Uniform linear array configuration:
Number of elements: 48
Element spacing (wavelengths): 0.5
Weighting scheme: cosine
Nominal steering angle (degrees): -60
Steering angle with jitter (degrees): -60.818
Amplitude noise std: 0.05
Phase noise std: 0.05

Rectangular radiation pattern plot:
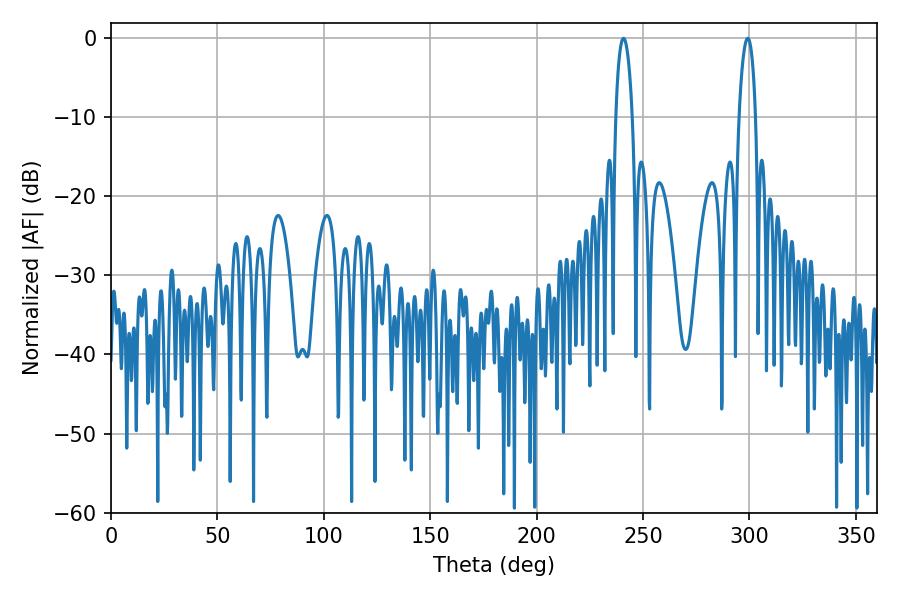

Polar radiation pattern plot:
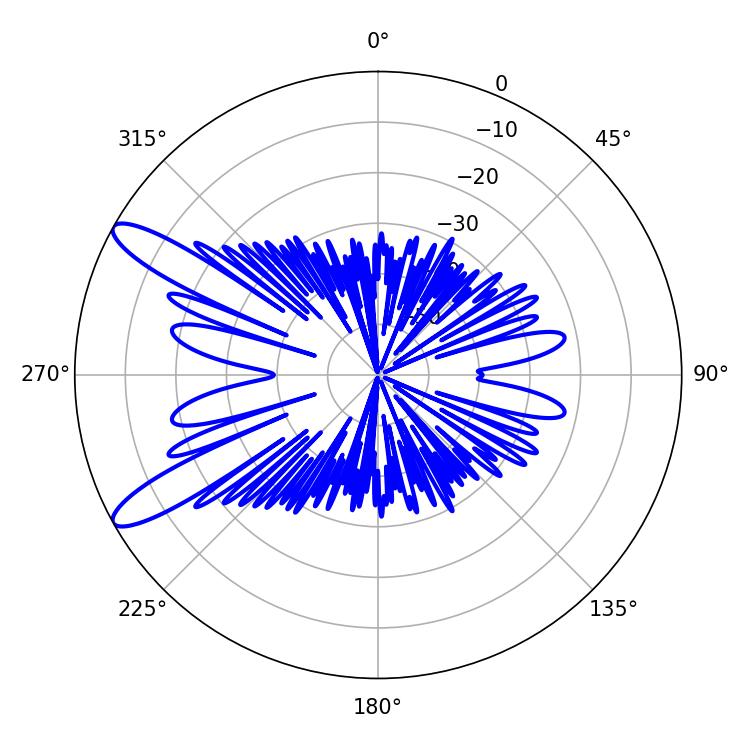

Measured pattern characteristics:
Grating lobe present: FALSE
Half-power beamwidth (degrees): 4.32
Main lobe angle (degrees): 240.84